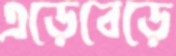
এড়েবেড়ে